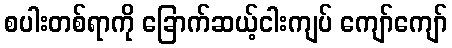
စပါးတစ်ရာကို ခြောက်ဆယ့်ငါးကျပ် ကျော်ကျော်